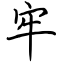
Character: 牢